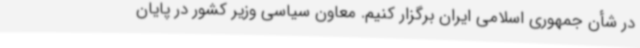
در شأن جمهوری اسلامی ایران برگزار کنیم. معاون سیاسی وزیر کشور در پایان